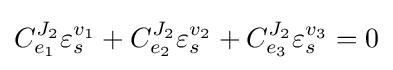
C_{e_{1}}^{J_{2}}\varepsilon _{s}^{v_{1}}+C_{e_{2}}^{J_{2}}\varepsilon _{s}^{v_{2}}+C_{e_{3}}^{J_{2}}\varepsilon _{s}^{v_{3}}=0